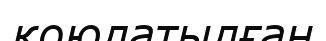
қоюлатылған